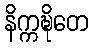
နိက္ကဍ္ဎိတေ